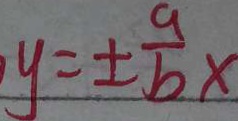
y = \pm \frac { a } { b } x